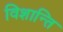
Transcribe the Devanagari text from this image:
विशान्ति